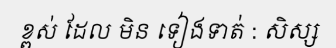
ខ្ពស់ ដែល មិន ទៀងទាត់ : សិស្ស